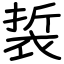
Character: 裚